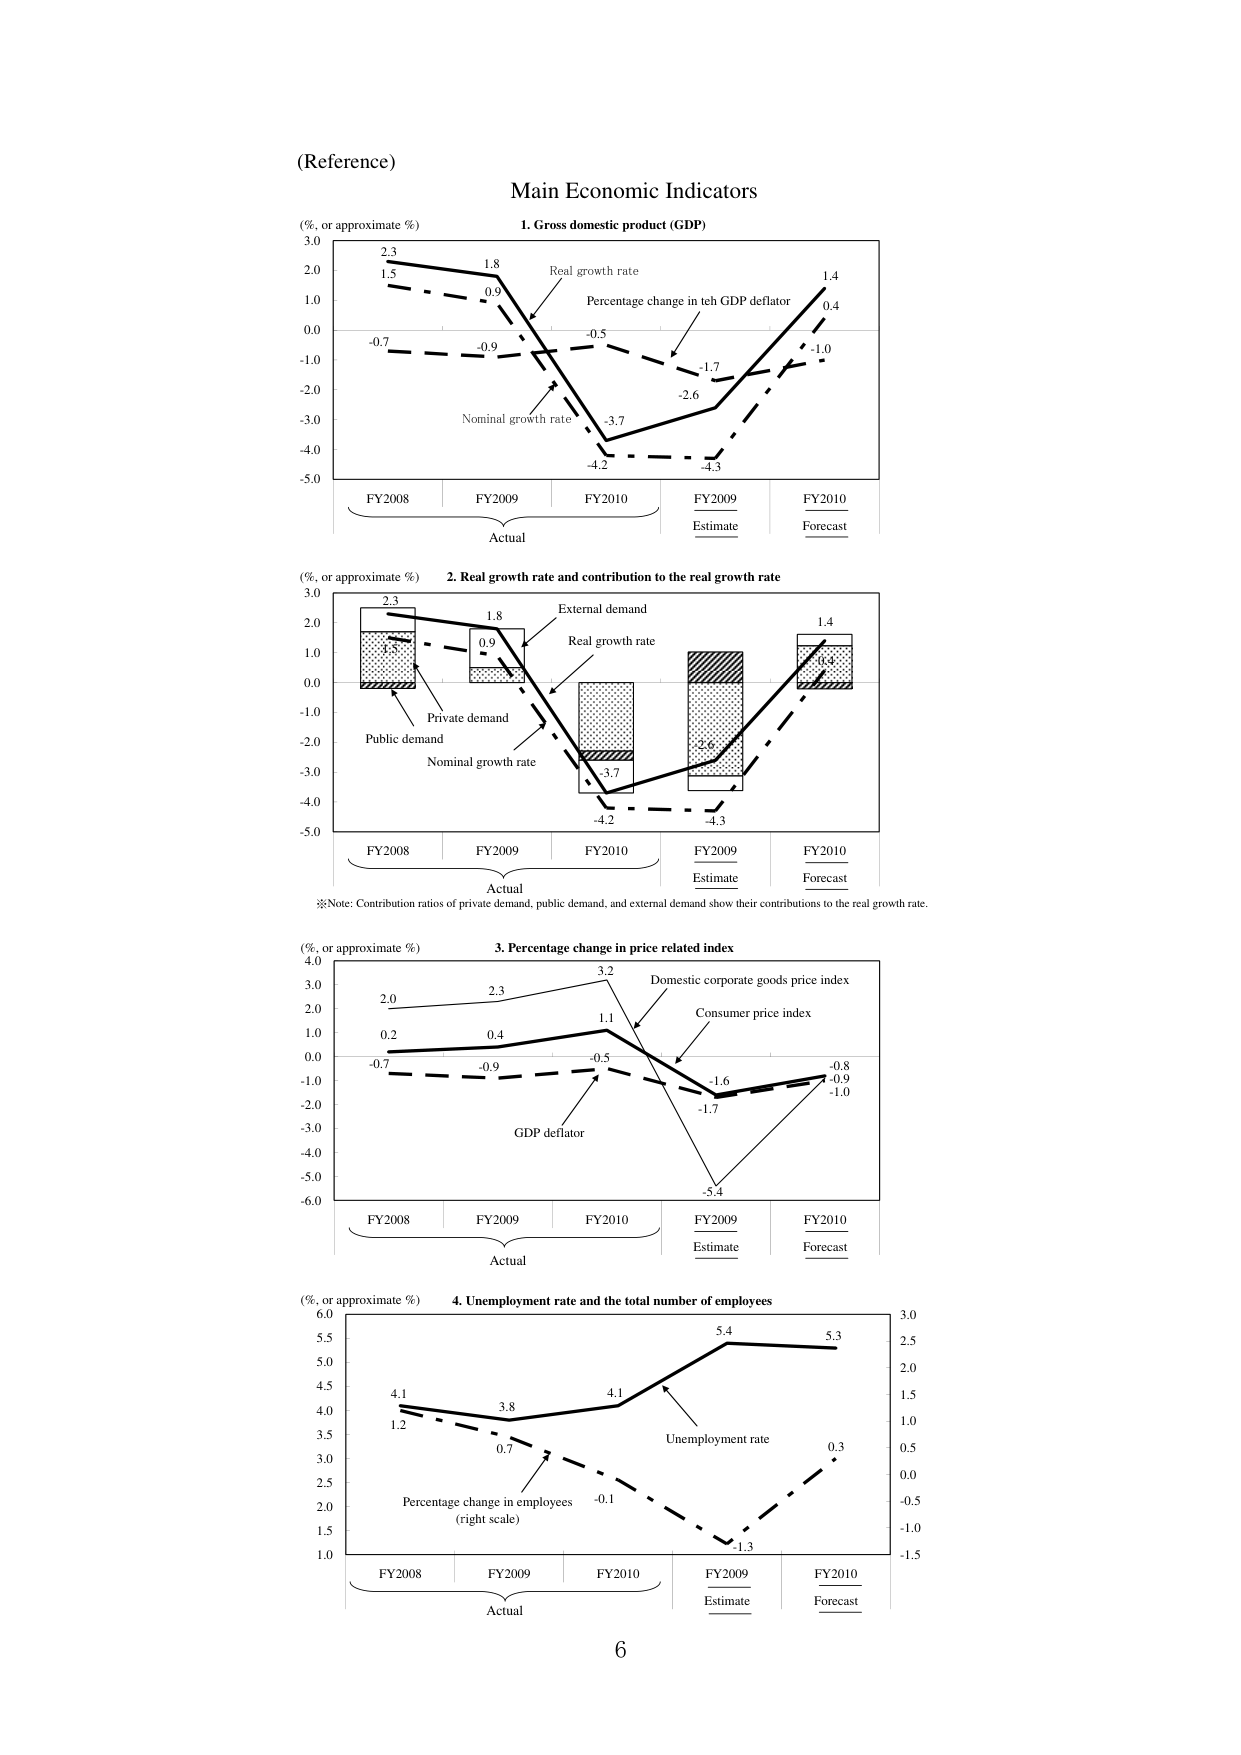
(Reference)

Main Economic Indicators

1. Gross domestic product (GDP)
(%, or approximate %)
3.0
2.3
1.5
1.8
0.9
-0.7
-0.9
-0.5
-1.7
-2.6
-3.7
-4.2
-4.3
1.4
0.4
-1.0
Real growth rate
Percentage change in teh GDP deflator
Nominal growth rate
FY2008
FY2009
FY2010
FY2009
FY2010
Actual
Estimate
Forecast
-5.0
-4.0
-3.0
-2.0
-1.0
0.0
1.0
2.0

2. Real growth rate and contribution to the real growth rate
(%, or approximate %)
3.0
2.3
1.8
0.9
-0.7
-0.9
-0.5
-1.7
-2.6
-3.7
-4.2
-4.3
1.4
0.4
-1.0
External demand
Real growth rate
Private demand
Public demand
Nominal growth rate
FY2008
FY2009
FY2010
FY2009
FY2010
Actual
Estimate
Forecast
-5.0
-4.0
-3.0
-2.0
-1.0
0.0
1.0
2.0
※Note: Contribution ratios of private demand, public demand, and external demand show their contributions to the real growth rate.

3. Percentage change in price related index
(%, or approximate %)
4.0
3.0
2.0
1.0
0.0
-1.0
-2.0
-3.0
-4.0
-5.0
-6.0
2.0
0.2
2.3
0.4
3.2
1.1
-0.7
-0.9
-0.5
-1.6
-1.7
-5.4
-0.8
-0.9
-1.0
Domestic corporate goods price index
Consumer price index
GDP deflator
FY2008
FY2009
FY2010
FY2009
FY2010
Actual
Estimate
Forecast

4. Unemployment rate and the total number of employees
(%, or approximate %)
6.0
5.5
5.0
4.5
4.0
3.5
3.0
2.5
2.0
1.5
1.0
3.0
2.5
2.0
1.5
1.0
0.5
0.0
-0.5
-1.0
-1.5
4.1
1.2
3.8
0.7
4.1
-0.1
5.4
-1.3
5.3
0.3
Unemployment rate
Percentage change in employees (right scale)
FY2008
FY2009
FY2010
FY2009
FY2010
Actual
Estimate
Forecast

6